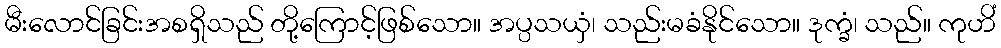
မီးလောင်ခြင်းအစရှိသည် တို့ကြောင့်ဖြစ်သော။ အပ္ပသယှံ၊ သည်းမခံနိုင်သော။ ဒုက္ခံ၊ သည်။ ကုဟိံ